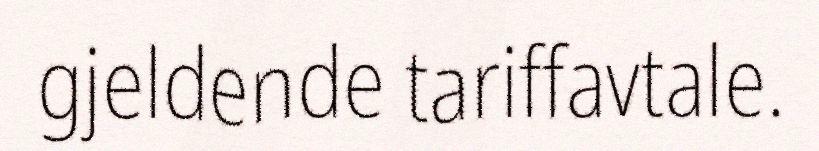
gjeldende tariffavtale.